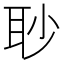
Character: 𦕈